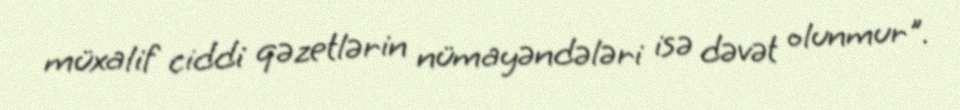
müxalif ciddi qəzetlərin nümayəndələri isə dəvət olunmur".